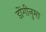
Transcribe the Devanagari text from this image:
डोंगीनुमा